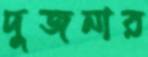
দুজনার